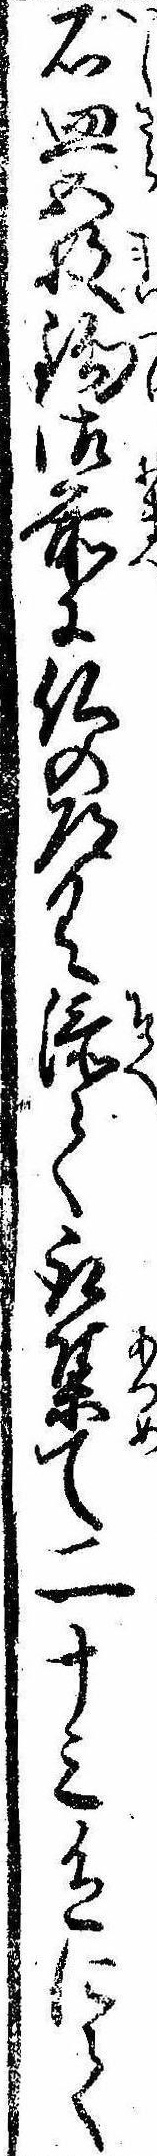
石皿五枚鈎御前に仏の道具添て取集て二十三色にて